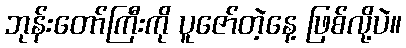
ဘုန်းတော်ကြီးကို ပူဇော်တဲ့နေ့ ဖြစ်လို့ပဲ။